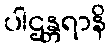
ပါဌန္တရာနိ